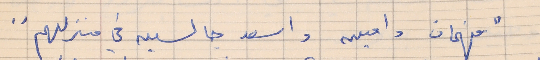
"فهمان وامين واسعد جالسين في منزلهم"